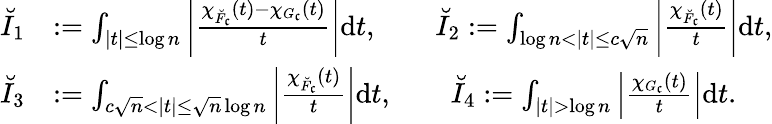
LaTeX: \begin{array}{rl}{\breve{I}_{1}}&{:=\int_{|t|\leq\log n}\left|\frac{\chi_{\breve{F}_{\mathfrak{c}}}(t)-\chi_{G_{\mathfrak{c}}}(t)}{t}\right|\mathrm{d}t,\qquad\breve{I}_{2}:=\int_{\log n<|t|\leq c\sqrt{n}}\left|\frac{\chi_{\breve{F}_{\mathfrak{c}}}(t)}{t}\right|\mathrm{d}t,}\\ {\breve{I}_{3}}&{:=\int_{c\sqrt{n}<|t|\leq\sqrt{n}\log n}\left|\frac{\chi_{\breve{F}_{\mathfrak{c}}}(t)}{t}\right|\mathrm{d}t,\qquad\breve{I}_{4}:=\int_{|t|>\log n}\left|\frac{\chi_{G_{\mathfrak{c}}}(t)}{t}\right|\mathrm{d}t.}\end{array}